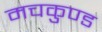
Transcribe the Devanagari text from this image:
मचकुण्ड